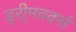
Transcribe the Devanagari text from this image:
ड्री्मवर्क्स